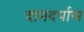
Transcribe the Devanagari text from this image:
दानदर्पास